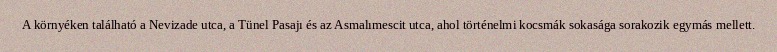
A környéken található a Nevizade utca, a Tünel Pasajı és az Asmalımescit utca, ahol történelmi kocsmák sokasága sorakozik egymás mellett.